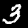
Digit: 3